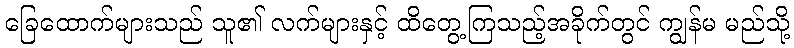
ခြေထောက်များသည် သူ၏ လက်များနှင့် ထိတွေ့ကြသည့်အခိုက်တွင် ကျွန်မ မည်သို့